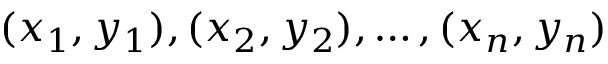
( x _ { 1 } , y _ { 1 } ) , ( x _ { 2 } , y _ { 2 } ) , \ldots , ( x _ { n } , y _ { n } )